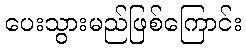
ပေးသွားမည်ဖြစ်ကြောင်း